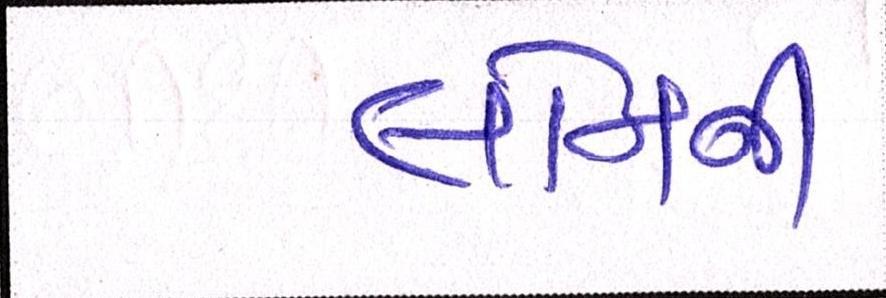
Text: લોનની